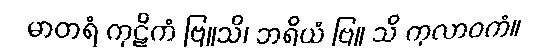
မာတရံ ကုဋိကံ ဗြူသိ၊ ဘရိယံ ဗြူ သိ ကုလာဝကံ။